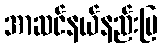
အာဆင်နယ်နည်းပြ